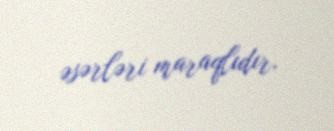
əsərləri maraqlıdır.